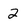
Character: 2